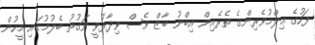
ފަހުގެ ޢިލްމުވެރިންގެ ތެރެއިން އިބްނު ބާޒް ވެސް ވިދާޅުވީ ވަގުތު ބެލުމުގައި މީހުން